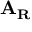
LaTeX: \mathbf { A } _ { \mathbf { R } }